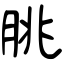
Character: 朓